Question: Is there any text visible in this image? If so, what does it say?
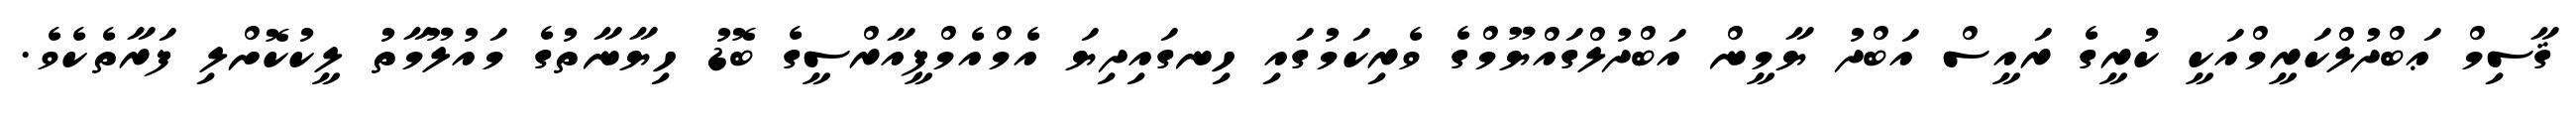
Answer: ޤާސިމް ޢަބްދުލްކަރީމްއަކީ ކުރީގެ ރައީސް އަބްދު ޔާމީން އަބްދުލްގައްޔޫމްގެ ވެރިކަމުގައި ހިނގައިދިޔަ އެމްއެމްޕީއާރްސީގެ ބޮޑު ހިޔާނާތުގެ މައުލޫމާތު ލީކުކޮށްލި ފަރާތެކެވެ.